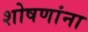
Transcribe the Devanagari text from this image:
शोषणांना